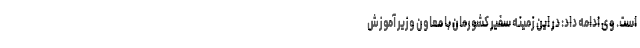
است. وی ادامه داد: در این زمینه سفیر کشورمان با معاون وزیر آموزش